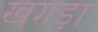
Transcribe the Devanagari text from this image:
खगड़ा